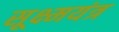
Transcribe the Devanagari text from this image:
सूक्ष्मयंत्र